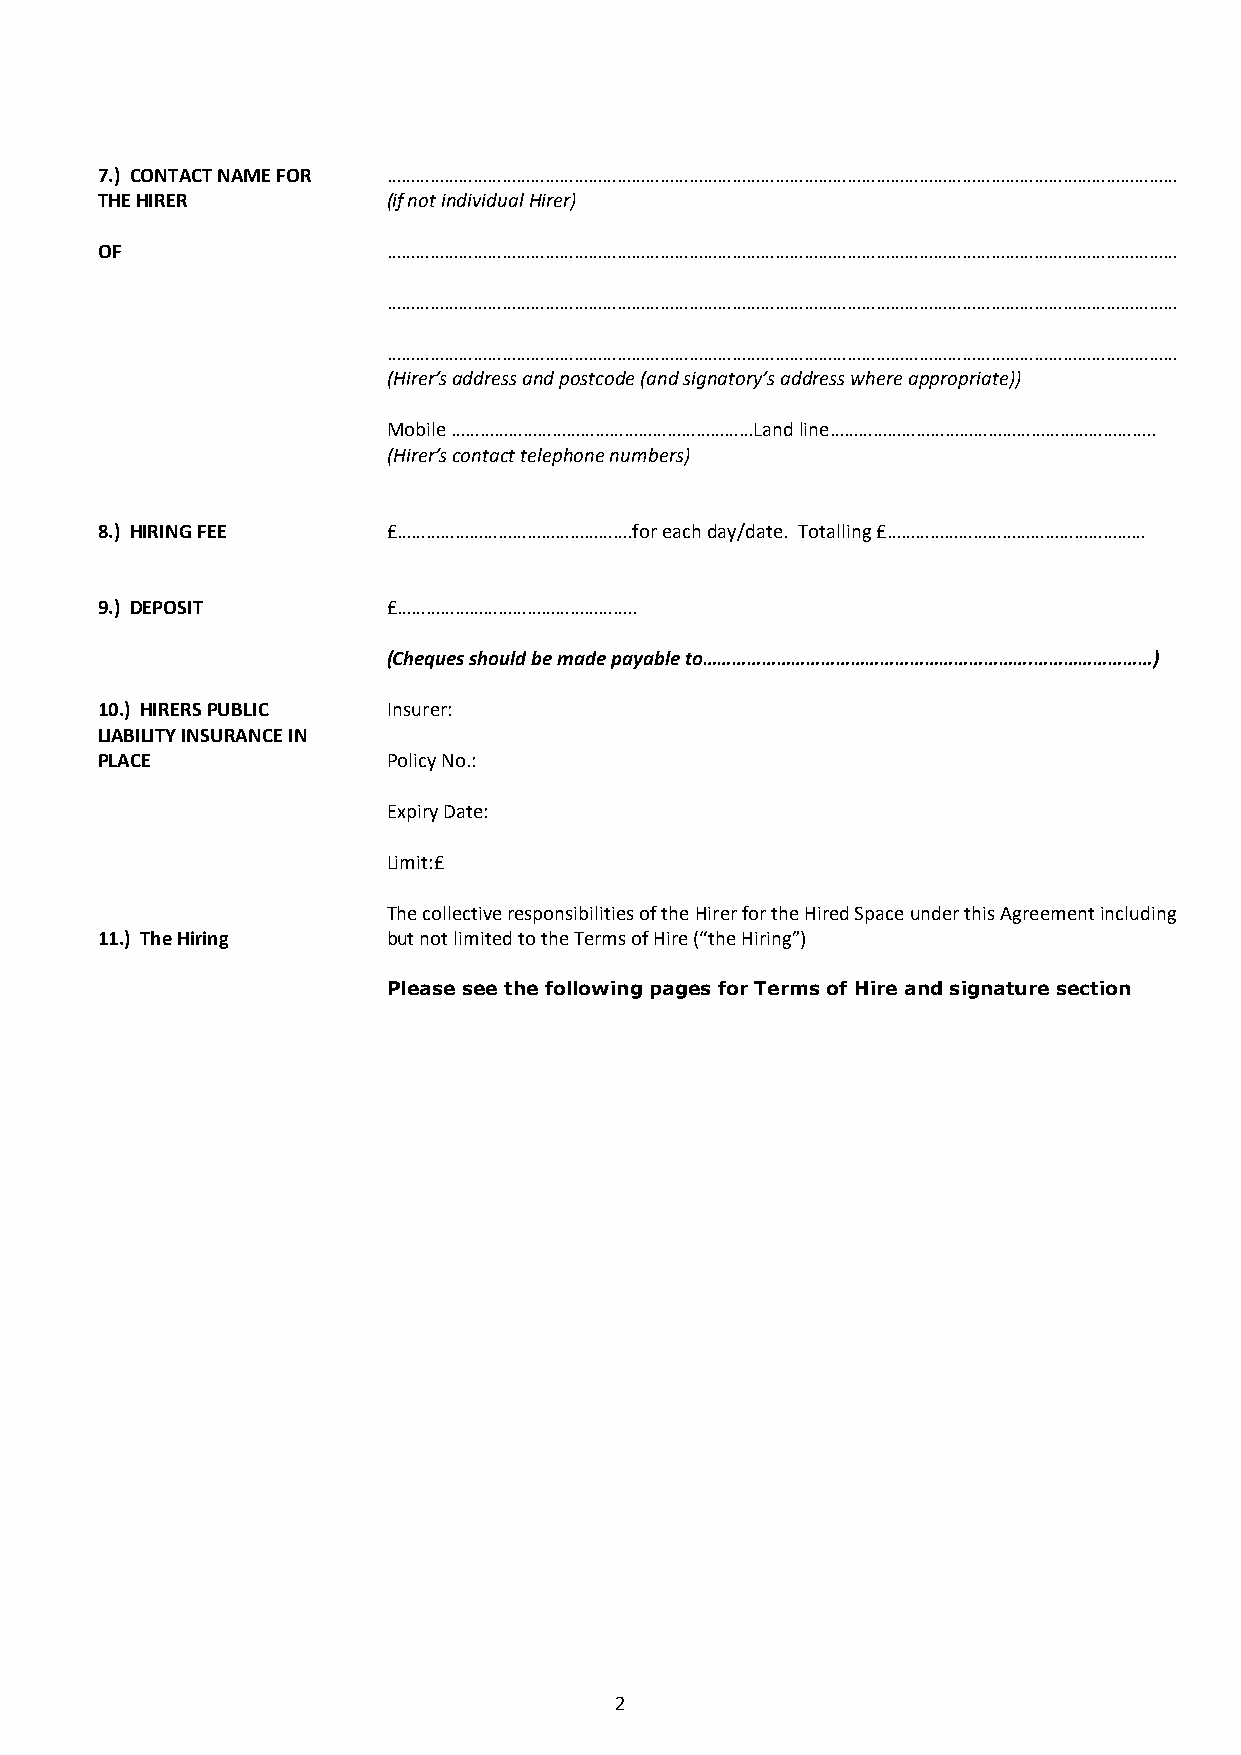
7.) CONTACT NAME FOR …………………………………………………………………………………………………………………………………………………
 THE HIRER           (if not individual Hirer)
 OF                  …………………………………………………………………………………………………………………………………………………
 …………………………………………………………………………………………………………………………………………………
 …………………………………………………………………………………………………………………………………………………
 (Hirer’s address and postcode (and signatory’s address where appropriate))
 Mobile ………………………………………………………Land line…………………………………………………………..
 (Hirer’s contact telephone numbers)
 8.) HIRING FEE      £………………………………………….for each day/date. Totalling £………………………………………………
 9.) DEPOSIT         £…………………………………………..
 (Cheques should be made payable to………………………………………………………….……………………)
 10.) HIRERS PUBLIC  Insurer:
 LIABILITY INSURANCE IN
 PLACE               Policy No.:
 Expiry Date:
 Limit:£
 The collective responsibilities of the Hirer for the Hired Space under this Agreement including
 11.) The Hiring     but not limited to the Terms of Hire (“the Hiring”)
 Please see the following pages for Terms of Hire and signature section
 2